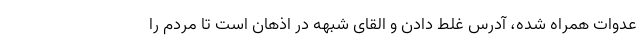
عدوات همراه شده، آدرس غلط دادن و القای شبهه در اذهان است تا مردم را